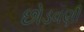
છોડવણી